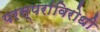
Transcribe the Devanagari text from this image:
परस्परांविरोधी